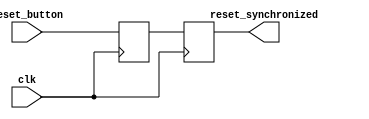
module reset_synchronizer(
	reset_button,
	clk,
	reset_synchronized
	);

input reset_button;
input clk;
output reg reset_synchronized;

reg reset_metastabilitied;

wire metastabily_wire;

always @(posedge clk ) 
begin

	reset_metastabilitied = reset_button;

end

assign metastabily_wire = reset_metastabilitied ;

always @(posedge clk ) 
begin

	reset_synchronized = metastabily_wire;

end

endmodule